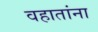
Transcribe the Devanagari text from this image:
वहातांना